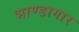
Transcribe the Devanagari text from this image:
भाण्डागार